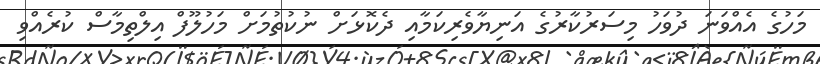
މަހުގެ އެއްވަނަ ދުވަހު މިސަރުކާރުގެ އަނިޔާވެރިކަމާއި ދެކޮޅަށް ނުކުތުމަށް މަހުލޫފް އިލްތިމާސް ކުރެއްވި